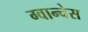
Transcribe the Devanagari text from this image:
ग्वान्चेस